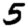
Digit: 5